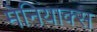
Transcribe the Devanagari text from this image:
मेनियाक्स